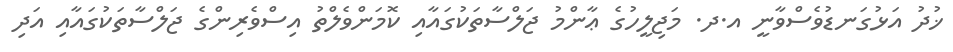
ޚުދު އަޅުގަނޑުވެސްވާނީ އ.ދ. މަޖިލީހުގެ ޢާންމު ޖަލްސާތަކުގައާއި ކޮމަންވެލްތު އިސްވެރިންގެ ޖަލްސާތަކުގައާއި އަދި